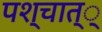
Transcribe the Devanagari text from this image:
पश्चात््